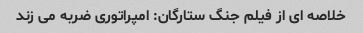
خلاصه ای از فیلم جنگ ستارگان: امپراتوری ضربه می زند